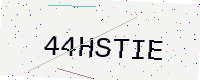
Text: 44HSTIE